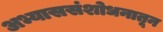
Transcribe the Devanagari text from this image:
अभ्याससंशोधनातून